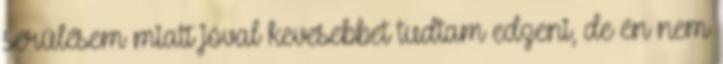
sérülésem miatt jóval kevesebbet tudtam edzeni, de én nem